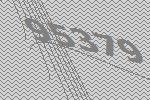
95379